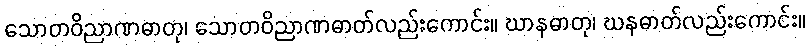
သောတဝိညာဏဓာတု၊ သောတဝိညာဏဓာတ်လည်းကောင်း။ ဃာနဓာတု၊ ဃနဓာတ်လည်းကောင်း။